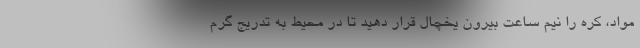
مواد، کره را نیم ساعت بیرون یخچال قرار دهید تا در محیط به تدریج گرم